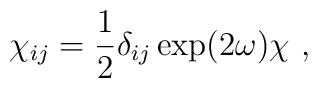
\chi_{ij}={1\over 2}\delta_{ij}\exp(2\omega)\chi~,